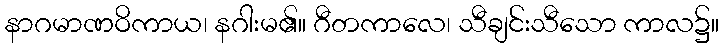
နာဂမာဏဝိကာယ၊ နဂါးမ၏။ ဂီတကာလေ၊ သီချင်းသီသော ကာလ၌။